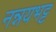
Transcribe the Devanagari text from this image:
नन्नयभट्ट